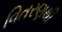
વિતરણથી